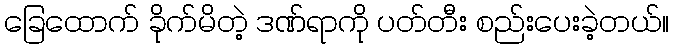
ခြေထောက် ခိုက်မိတဲ့ ဒဏ်ရာကို ပတ်တီး စည်းပေးခဲ့တယ်။